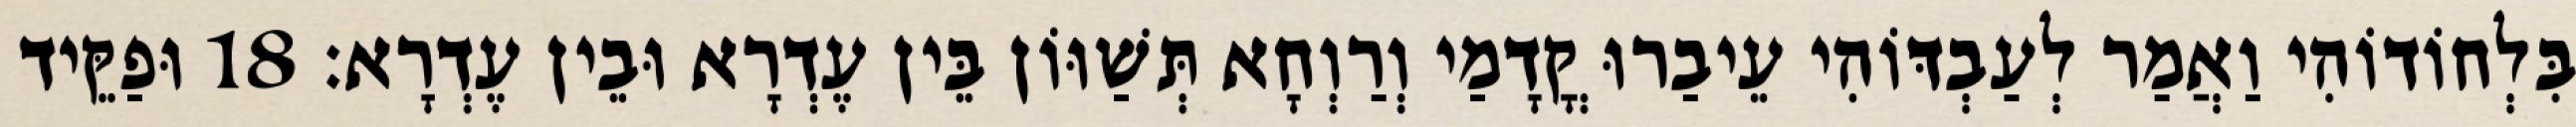
בִּלְחוֹדוֹהִי וַאֲמַר לְעַבְדּוֹהִי עֵיבַרוּ קֳדָמַי וְרַוְחָא תְּשַׁוּוֹן בֵּין עֶדְרָא וּבֵין עֶדְרָא׃ 18 וּפַקֵּיד